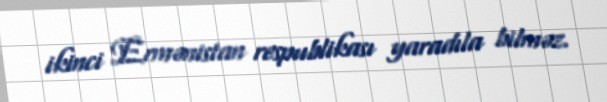
ikinci Ermənistan respublikası yaradıla bilməz.